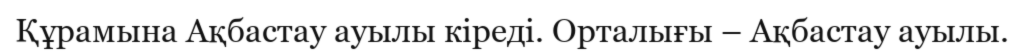
Құрамына Ақбастау ауылы кіреді. Орталығы – Ақбастау ауылы.